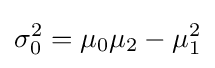
\sigma _{0}^{2}=\mu _{0}\mu _{2}-\mu _{1}^{2}